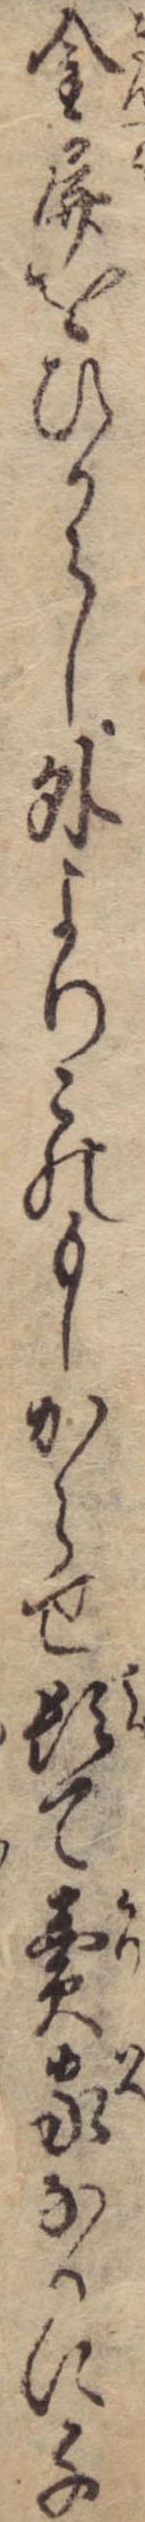
金屏をひからし外よりこのもしからせ頓て売家なるに千